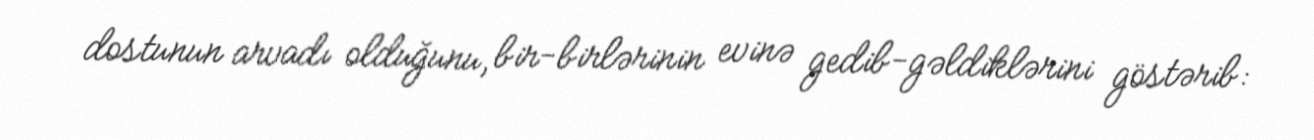
dostunun arvadı olduğunu, bir-birlərinin evinə gedib-gəldiklərini göstərib: